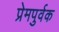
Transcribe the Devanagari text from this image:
प्रेमपुर्वक